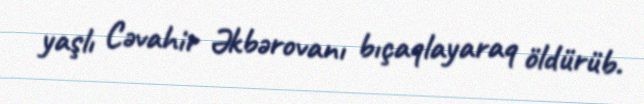
yaşlı Cəvahir Əkbərovanı bıçaqlayaraq öldürüb.